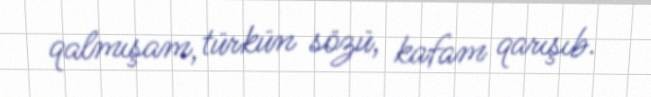
qalmışam, türkün sözü, kafam qarışıb.